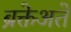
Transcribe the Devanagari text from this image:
ब्रक्तेअते